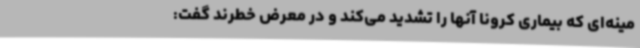
مینه‌ای که بیماری کرونا آنها را تشدید می‌کند و در معرض خطرند گفت: